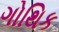
ગોથિક